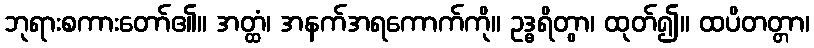
ဘုရားစကားတော်၏။ အတ္ထံ၊ အနက်အရကောက်ကို။ ဥဒ္ဓရိတွာ၊ ထုတ်၍။ ထပိတတ္တာ၊